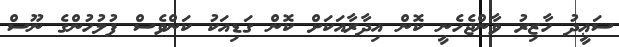
ސަޢީދު ހާޒިރު ވާންޖެހެނީ ކޮން އިދާރާއަކަށް ކޮން ގަޑިއަކު ކަންވެސް ފުލުހުންގެ ނޫސް